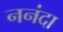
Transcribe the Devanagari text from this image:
ननंदा